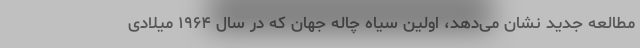
مطالعه جدید نشان می‌دهد، اولین سیاه چاله جهان که در سال ۱۹۶۴ میلادی